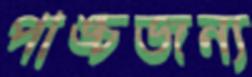
পাঙ্চজন্য